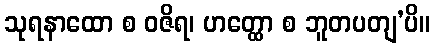
သုရနာထော စ ဝဇိရ၊ ဟတ္ထော စ ဘူတပတျ’ပိ။